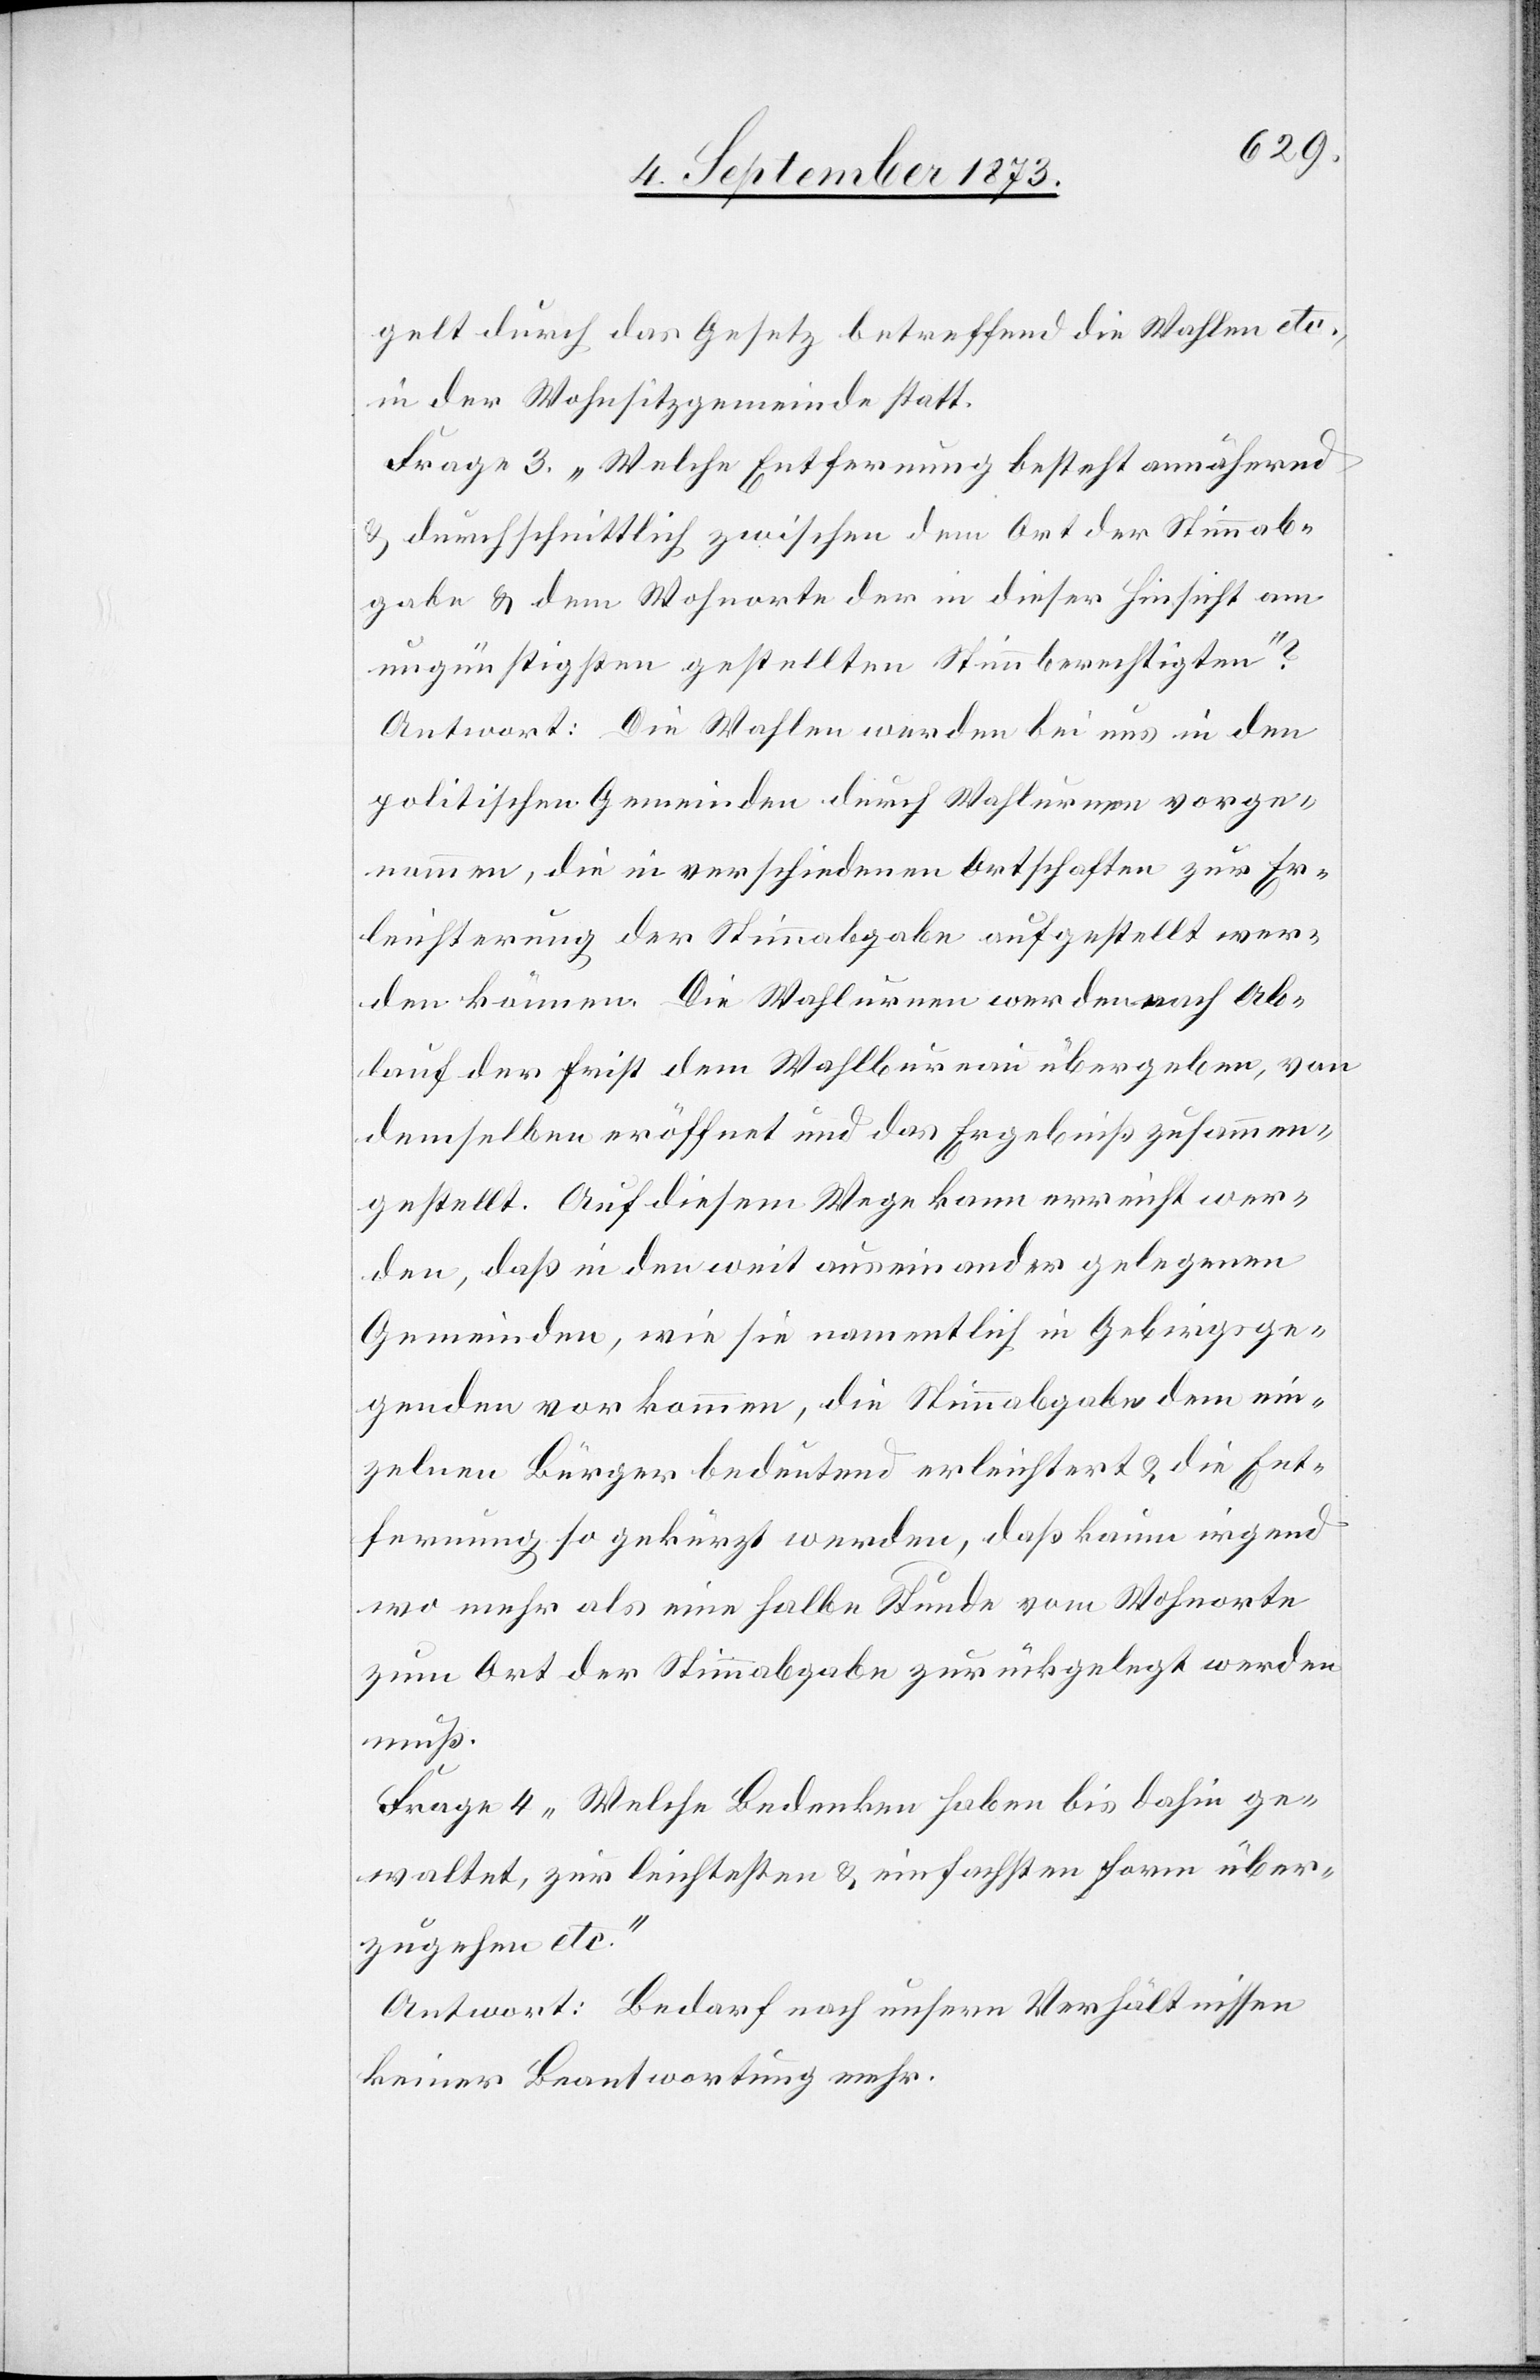
gelt durch das Gesetz betreffend die Wahlen etc.,
in der Wohnsitzgemeinde statt.
Frage 3. „Welche Entfernung besteht annähernd
& durchschnittlich zwischen dem Ort der Stimmab¬
gabe & dem Wohnorte der in dieser Hinsicht am
ungünstigsten gestellten Stimmberechtigten“?
Antwort: Die Wahlen werden bei uns in den
politischen Gemeinden durch Wahlurnen vorge¬
nommen, die in verschiedenen Ortschaften zur Er¬
leichterung der Stimmabgabe aufgestellt wer¬
den können. Die Wahlurnen werden nach Ab¬
lauf der Frist dem Wahlbureau übergeben, von
demselben eröffnet und das Ergebniß zusammen¬
gestellt. Auf diesem Wege kann erreicht wer¬
den, daß in den weit auseinander gelegenen
Gemeinden, wie sie namentlich in Gebirgsge¬
genden vorkommen, die Stimmabgabe dem ein¬
zelnen Bürger bedeutend erleichtert & die Ent¬
fernung so gekürzt werden [kann], daß kaum irgend
wo mehr als eine halbe Stunde vom Wohnorte
zum Ort der Stimmabgabe zurückgelegt werden
muß.
Frage 4 „Welche Bedenken haben bis dahin ge¬
waltet, zur leichtesten & einfachsten Form über¬
zugehen etc.“
Antwort: Bedarf nach unsern Verhältnissen
keiner Beantwortung mehr.